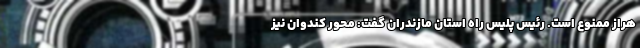
هراز ممنوع است. رئیس پلیس راه استان مازندران گفت: محور کندوان نیز